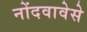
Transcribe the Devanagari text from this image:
नोंदवावेसे